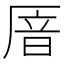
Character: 𫨏